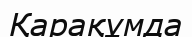
Қарақұмда